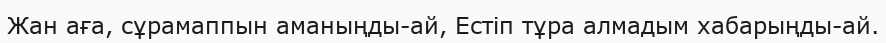
Жан аға, сұрамаппын аманыңды-ай, Естіп тұра алмадым хабарыңды-ай.